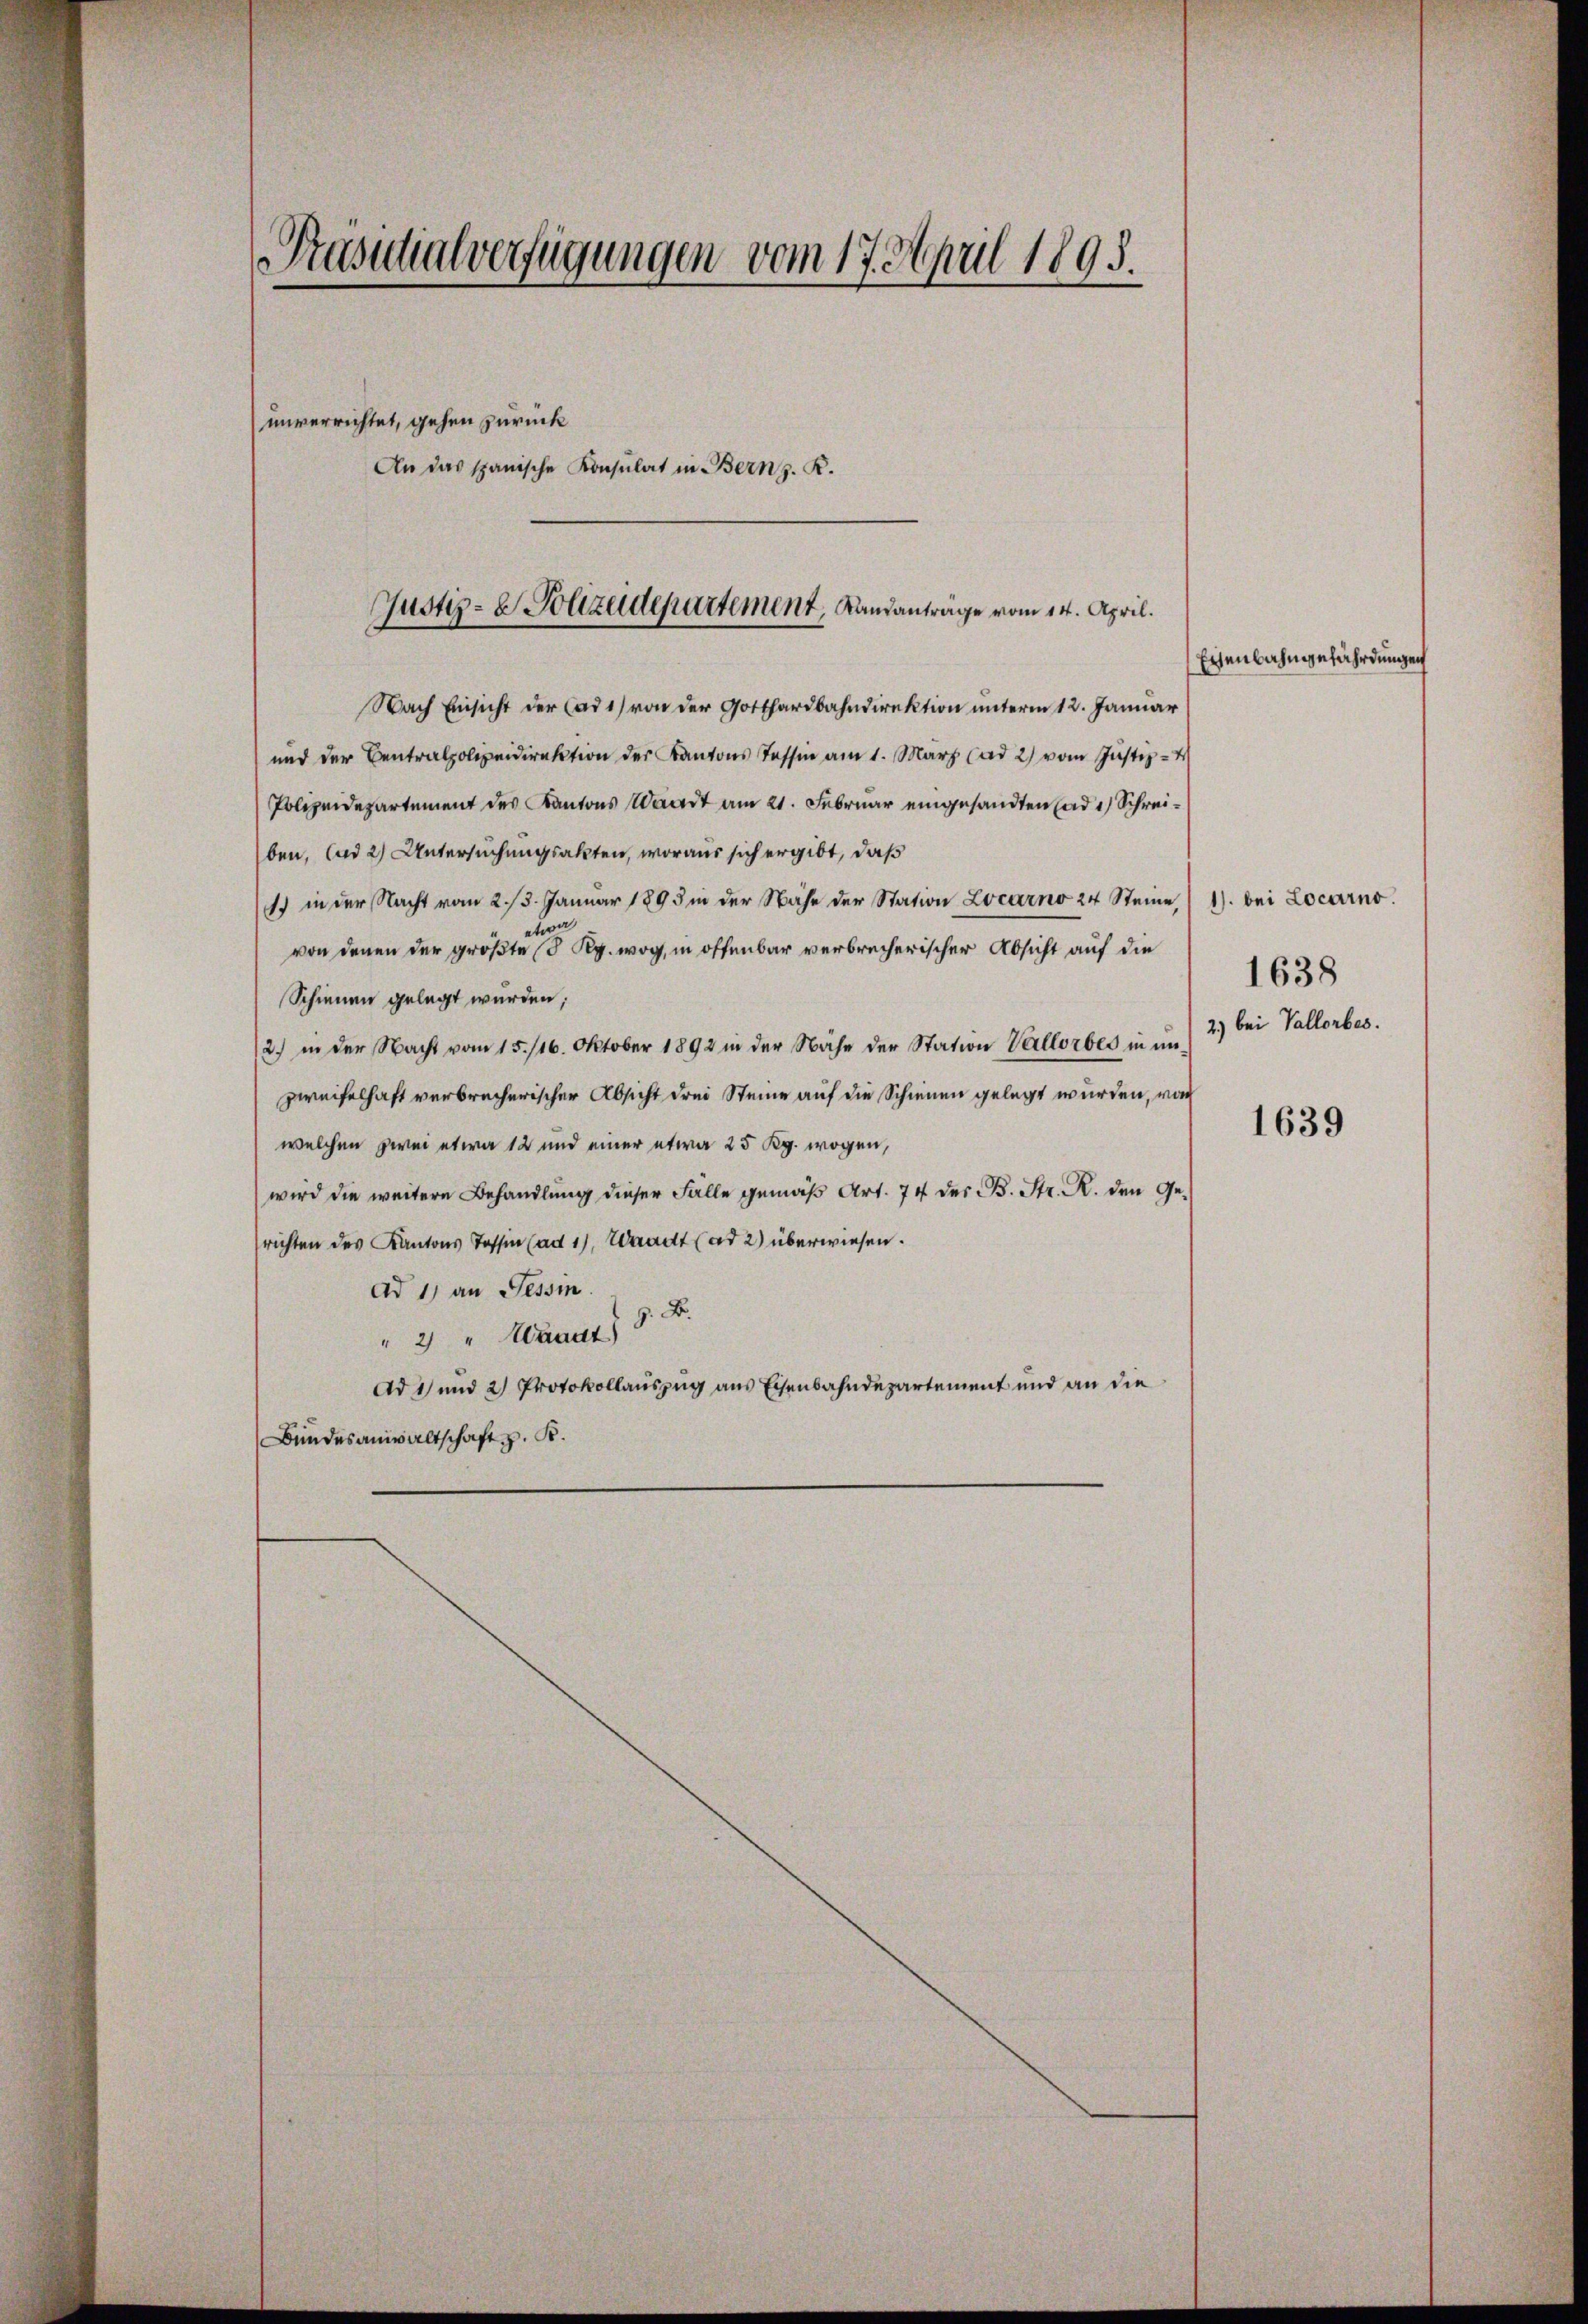
Präsidialverfügungen vom 17. April 1895.
unverrichtet, gehen zurück
An das spanische Konsulat in Bern z. K.

Justiz- & Polizeidepartement, Landanträge vom 14. April.

Nach Einsicht der (ad 1) von der Gotthardbahndirektion unterm 12. Januar
und der Centralpolizeidirektion der Kantons Tessin am 1. März (ad 2) vom Justiz- &
Polizeidepartement des Kantons Waadt am 21. Februar eingesandten ad 1) Schreiben, ad 2) Untersuchungsakten, woraus sich ergibt, daß
1) in der Nacht vom 2. 13. Januar 1895 in der Nähe der Station Locarno 24 Steine / 1). bei Locarno.
etwa
von denen der größte d. Rg. wog, in offenbar verbrecherischer Absicht auf die
Schienen gelegt wurden;
2) in der Nacht vom 15. 116. Oktober 1892 in der Nähe der Station Vallorbes in un-
Zweifelhaft verbrecherischer Absicht drei Steine auf die Schienen gelegt wurden, von
welchen zwei etwa 12 und einer etwa 25 Kg. wogen,
wird die weitere Behandlung dieser Fälle gemäβ Art. 74 des B. Str. R. den Gerichten des Kantons Tessin (ad 1, Waadt (ad 2) überwiesen.
Ad 1) an Tessin.
H. B.
" 2 " Waadt)
Ad 1) und 2) Protokollauszug aus Eisenbahndepartement und an die
Bundesanwaltschaft z. B.

Eisenbahngefährdungen

1639

1638
2.) bei Vallorbes.